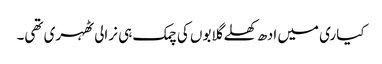
کیاری میں ادھ کھلے گلابوں کی چمک ہی نرالی ٹھہری تھی۔